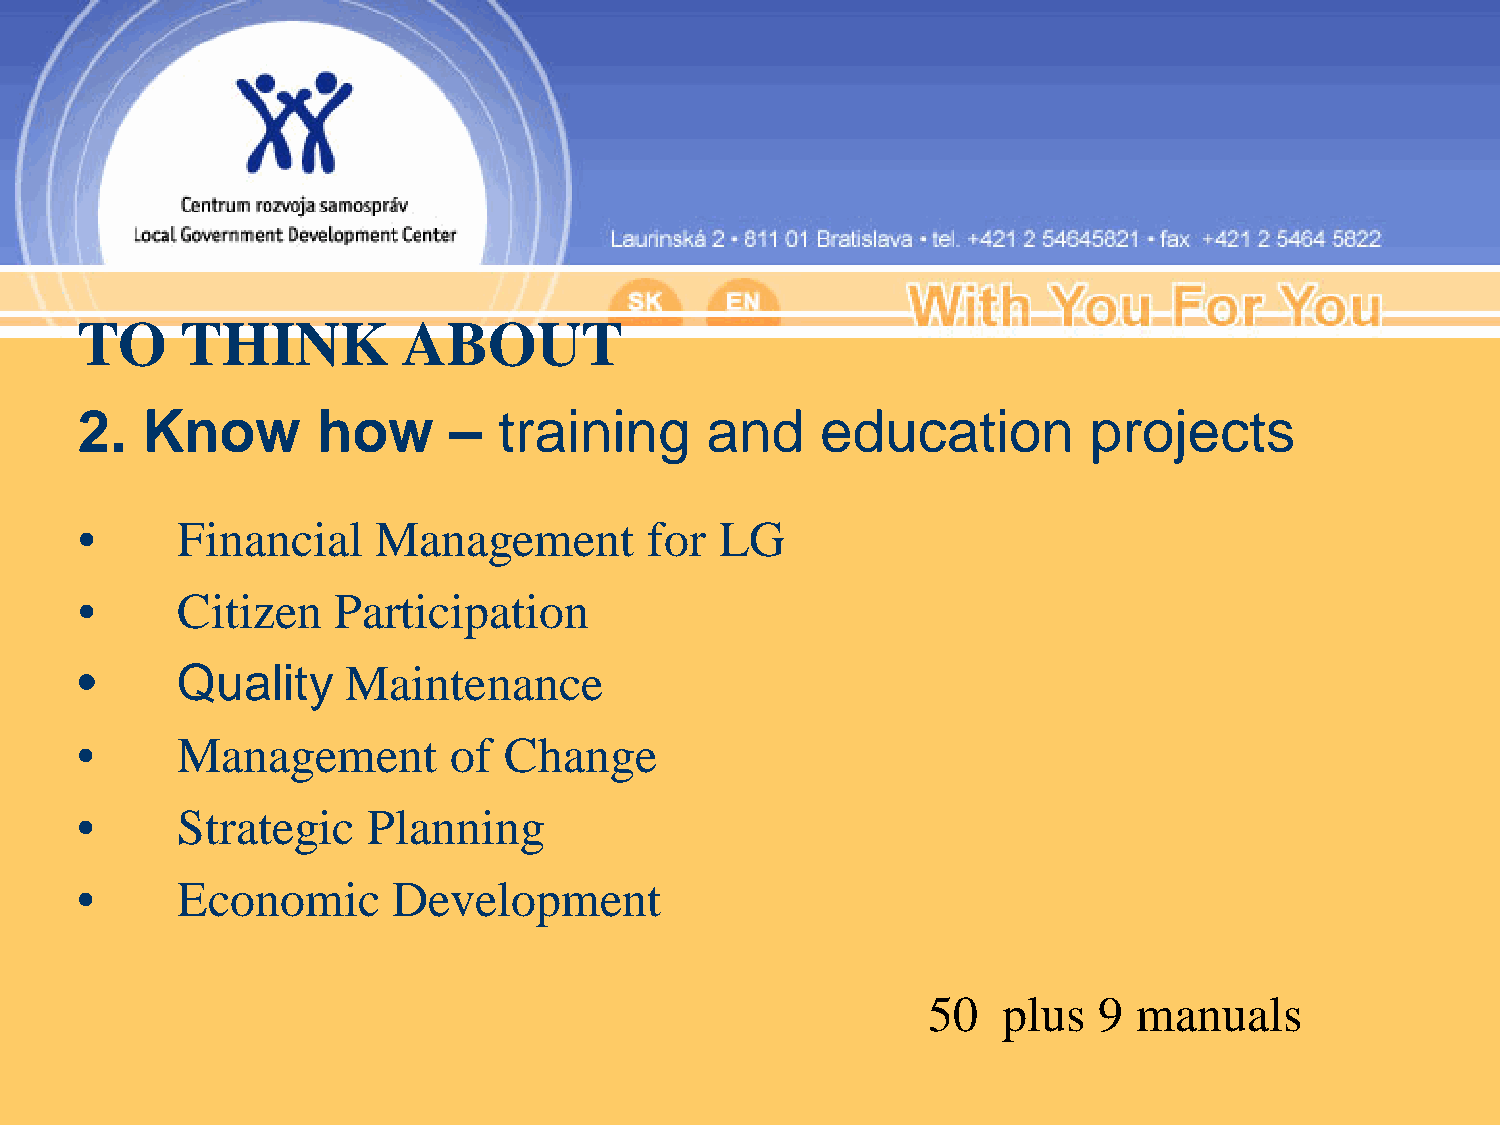
TO     THINK          ABOUT
 2.  Know        how      –  training      and    education         projects
 •      Financial    Management        for  LG
 •      Citizen   Participation
 •      Quality    Maintenance
 •      Management        of Change
 •      Strategic   Planning
 •      Economic      Development
 50   plus   9 manuals